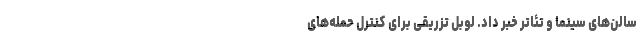
سالن‌های سینما و تئاتر خبر داد. لِوِبِل تزریقی برای کنترل حمله‌های